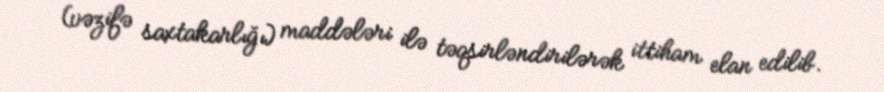
(vəzifə saxtakarlığı) maddələri ilə təqsirləndirilərək ittiham elan edilib.